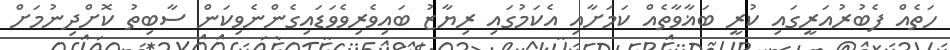
ހަތެއް ފެބުރުއަރީގައި ކުރީ ބަޣާވާތެއް ކަމަށާއި އެކަމުގައި ރިޔާޒު ބައިވެރިވެވަޑައިގެންނެވިކަން ސާބިތު ކޮށްދިނުމަށް